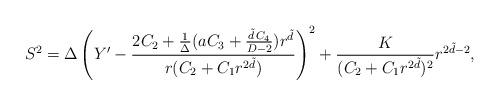
LaTeX: \begin{align*}S^2=\Delta\left( Y^\prime -\frac{ 2C_2+\frac{1}{\Delta}( a C_3 + \frac{\tilde{d}\, C_4}{D-2}) r^{\tilde{d}} } { r(C_2+C_1r^{2\tilde{d}})} \right)^2 +\frac{K}{(C_2+C_1r^{2\tilde{d}})^2 }r^{2\tilde{d}-2},\end{align*}